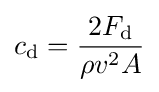
c_{\mathrm {d} }={\dfrac {2F_{\mathrm {d} }}{\rho v^{2}A}}